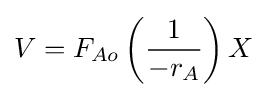
V=F_{Ao}\left({\frac {1}{-r_{A}}}\right)X